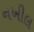
નખીલ